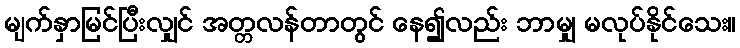
မျက်နှာမြင်ပြီးလျှင် အတ္တလန်တာတွင် နေ၍လည်း ဘာမျှ မလုပ်နိုင်သေး။